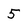
Character: 5